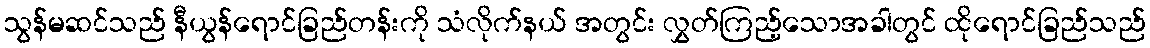
သွန်မဆင်သည် နီယွန်ရောင်ခြည်တန်းကို သံလိုက်နယ် အတွင်း လွှတ်ကြည့်သောအခါတွင် ထိုရောင်ခြည်သည်